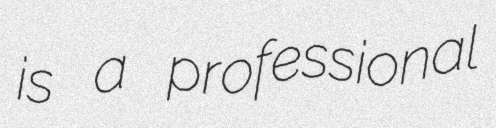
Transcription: is a professional